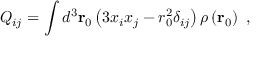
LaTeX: Q _ { i j } = \int d ^ { 3 } \mathbf { r } _ { 0 } \left( 3 x _ { i } x _ { j } - r _ { 0 } ^ { 2 } \delta _ { i j } \right) \rho \left( \mathbf { r } _ { 0 } \right) \ ,